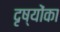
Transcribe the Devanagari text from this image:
दृष्योंका